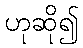
ဟုဆို၍